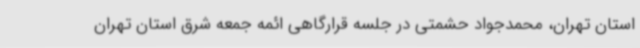
استان تهران، محمدجواد حشمتی در جلسه قرارگاهی ائمه جمعه شرق استان تهران